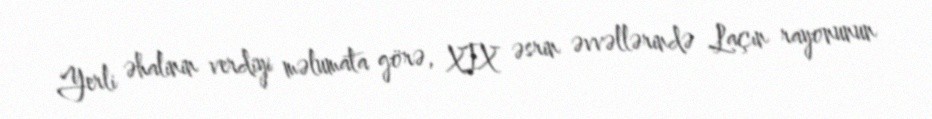
Yerli əhalinin verdiyi məlumata görə, XIX əsrin əvvəllərində Laçın rayonunun